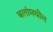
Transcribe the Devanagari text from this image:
बलांमधील